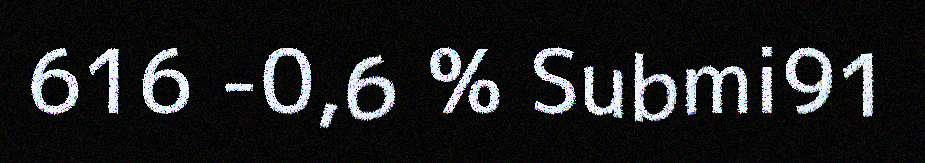
616 -0,6 % Submi91